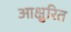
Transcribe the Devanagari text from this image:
आक्षुरित